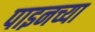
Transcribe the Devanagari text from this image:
पाइनच्या